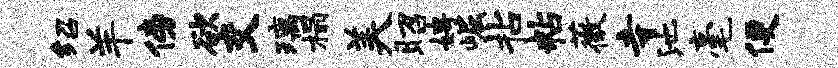
绍羊傍欲交璃榻美昭娉崛拈粘薇寺池毫便